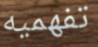
تفهميه